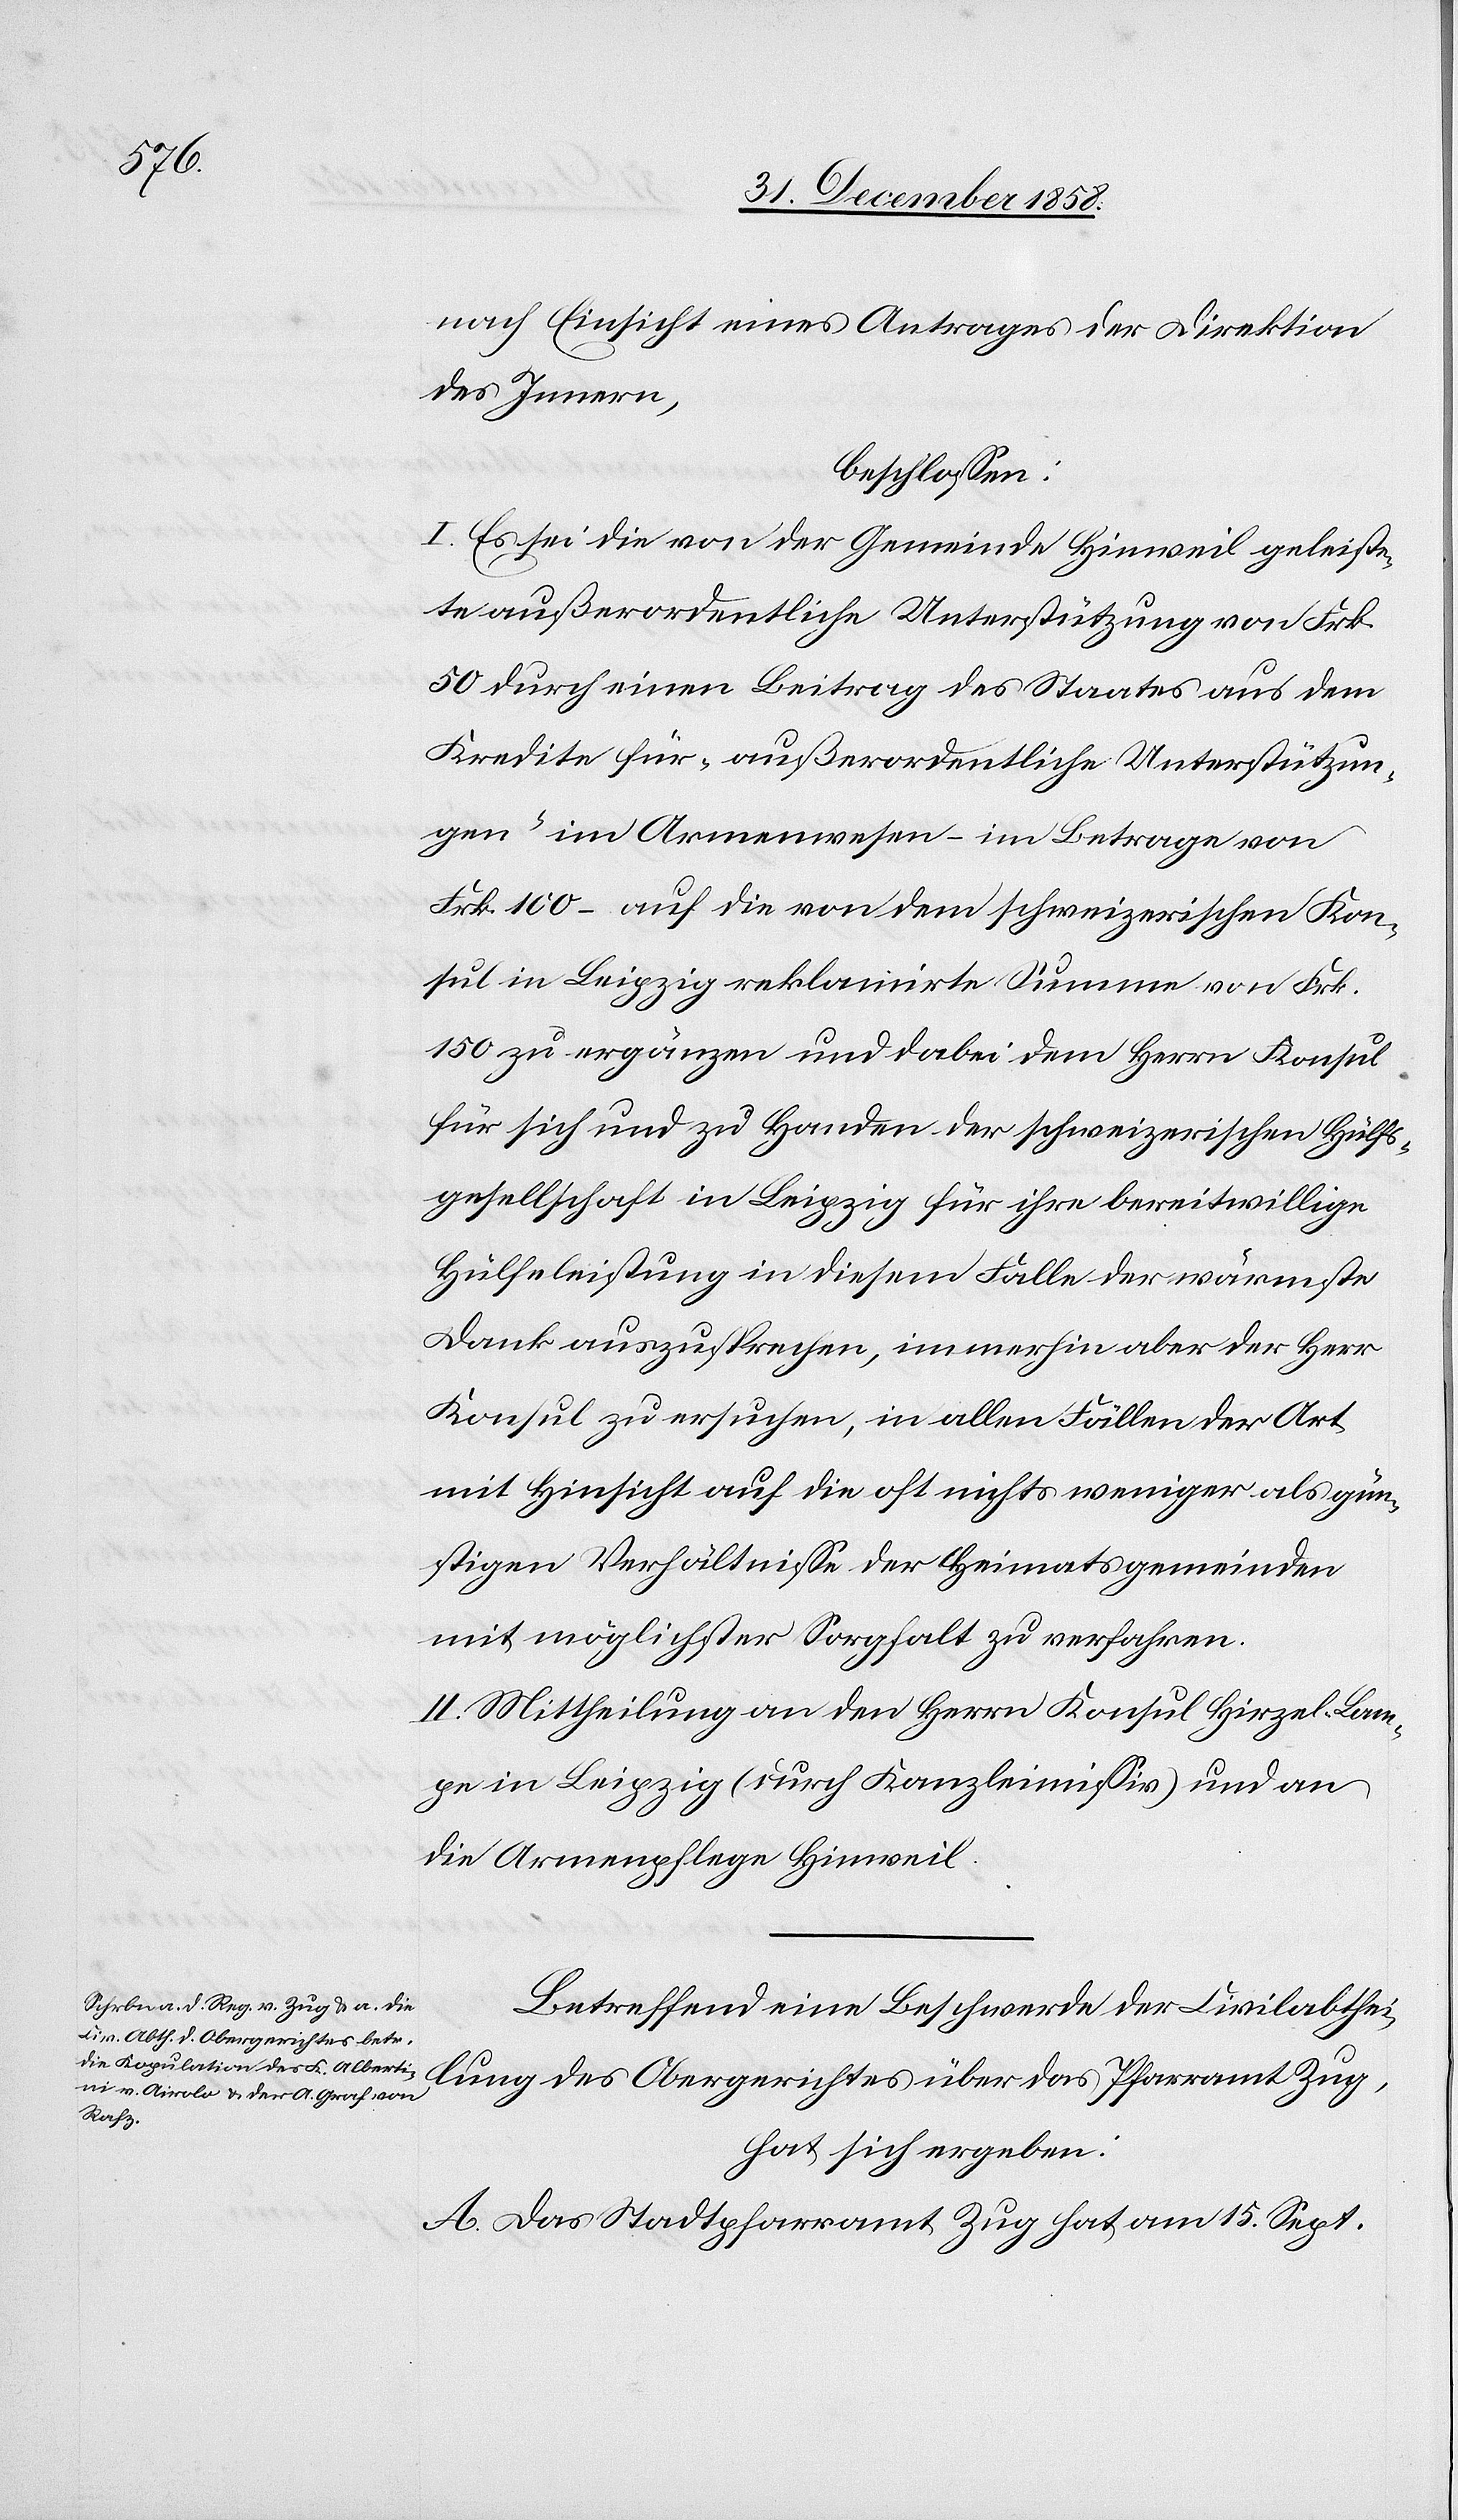
nach Einsicht eines Antrages der Direktion
des Innern,
beschlossen:
I. Es sei die von der Gemeinde Hinweil geleiste¬
te außerordentliche Unterstützung von Frk.
50 durch einen Beitrag des Staates aus dem
Kredite für „außerordentliche Unterstützun¬
gen“ im Armenwesen – im Betrage von
Frk. 100 – auf die von dem schweizerischen Kon¬
sul in Leipzig reklamirte Summe von Frk.
150 zu ergänzen und dabei dem Herrn Konsul
für sich und zu Handen der schweizerischen Hülfs¬
gesellschaft in Leipzig für ihre bereitwillige
Hülfeleistung in diesem Falle der wärmste
Dank auszusprechen, immerhin aber der Herr
Konsul zu ersuchen, in allen Fällen der Art
mit Hinsicht auf die oft nichts weniger als gün¬
stigen Verhältnisse der Heimatsgemeinden
mit möglichster Sorgfalt zu verfahren.
II. Mittheilung an den Herrn Konsul Hirzel-Lam¬
pe in Leipzig (durch Kanzleimissiv) und an
die Armenpflege Hinweil.
Betreffend eine Beschwerde der Civilabthei¬
lung des Obergerichtes über das Pfarramt Zug,
hat sich ergeben:
A. Das Stadtpfarramt Zug hat am 15. Sept.